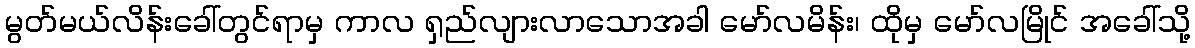
မွတ်မယ်လိန်းခေါ်တွင်ရာမှ ကာလ ရှည်လျားလာသောအခါ မော်လမိန်း၊ ထိုမှ မော်လမြိုင် အခေါ်သို့